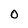
Character: 0